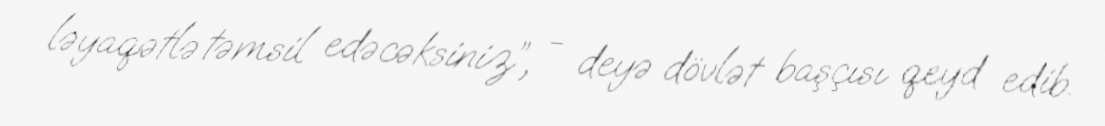
ləyaqətlə təmsil edəcəksiniz”, - deyə dövlət başçısı qeyd edib.